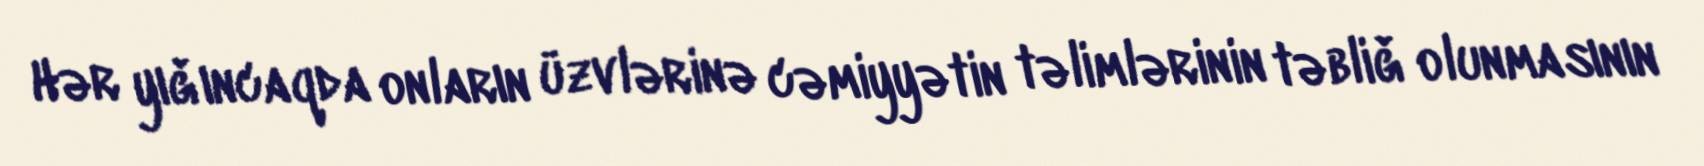
Hər yıǧıncaqda onların üzvlərinə cəmiyyətin təlimlərinin təbliǧ olunmasının